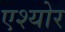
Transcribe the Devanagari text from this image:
एश्योर